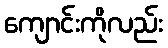
ကျောင်းကိုလည်း